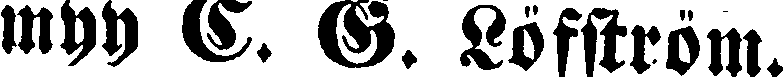
myy C. G. Löfström.